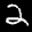
Label: 2